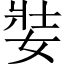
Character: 娤